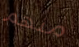
منهم